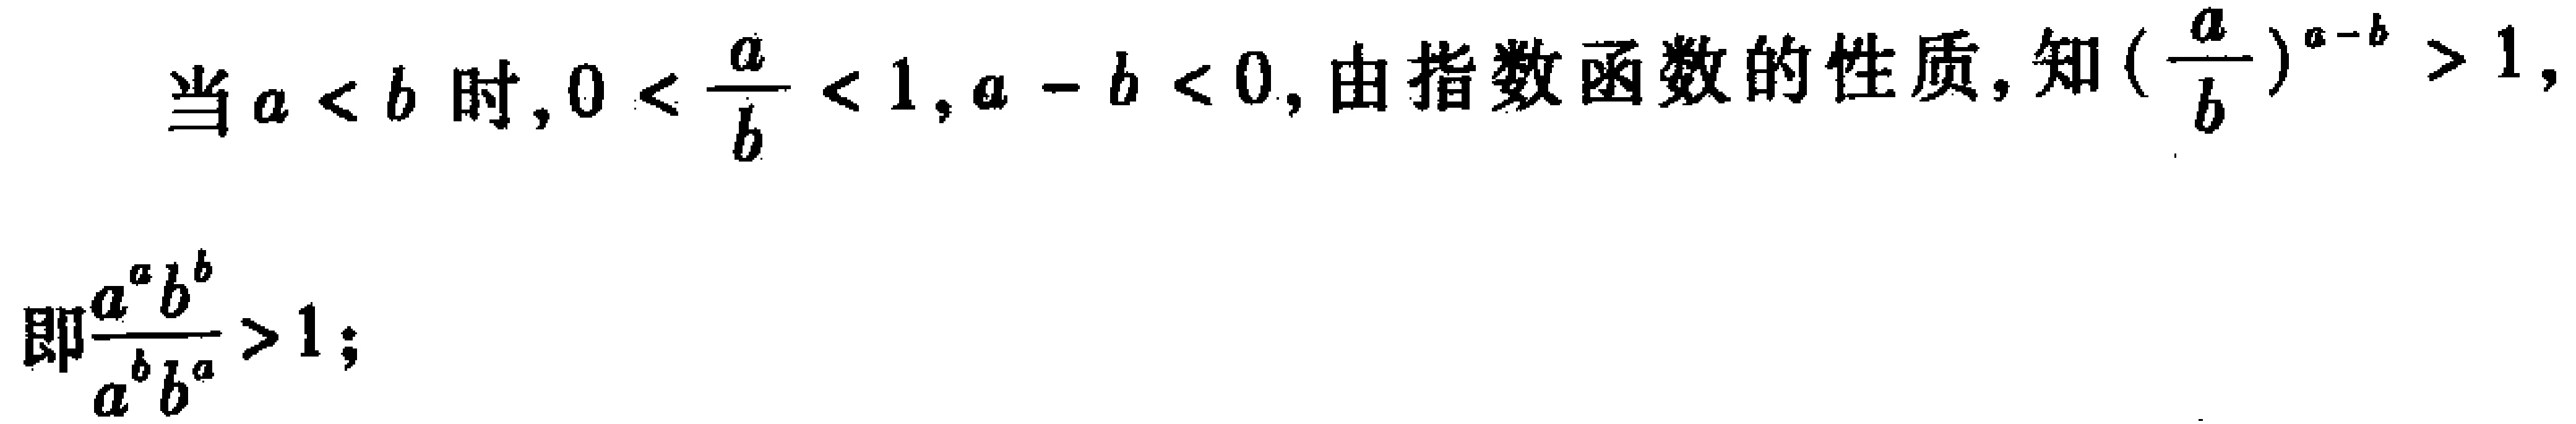
当\(a < b\)时，\(0 < \frac{a}{b} < 1\)，\(a - b < 0\)，由指数函数的性质，知\((\frac{a}{b})^{a - b} > 1\)，

即\(\frac{a^{a}b^{b}}{a^{b}b^{a}} > 1\)；